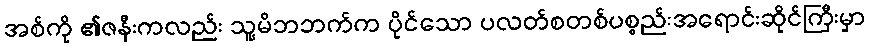
အစ်ကို ၏ဇနီးကလည်း သူ့မိဘဘက်က ပိုင်သော ပလတ်စတစ်ပစ္စည်းအရောင်းဆိုင်ကြီးမှာ